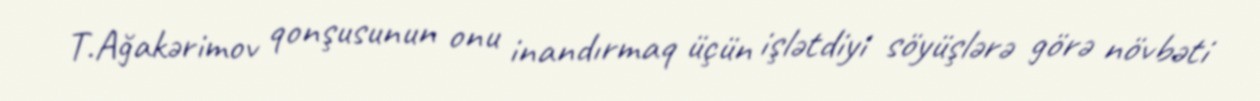
T.Ağakərimov qonşusunun onu inandırmaq üçün işlətdiyi söyüşlərə görə növbəti